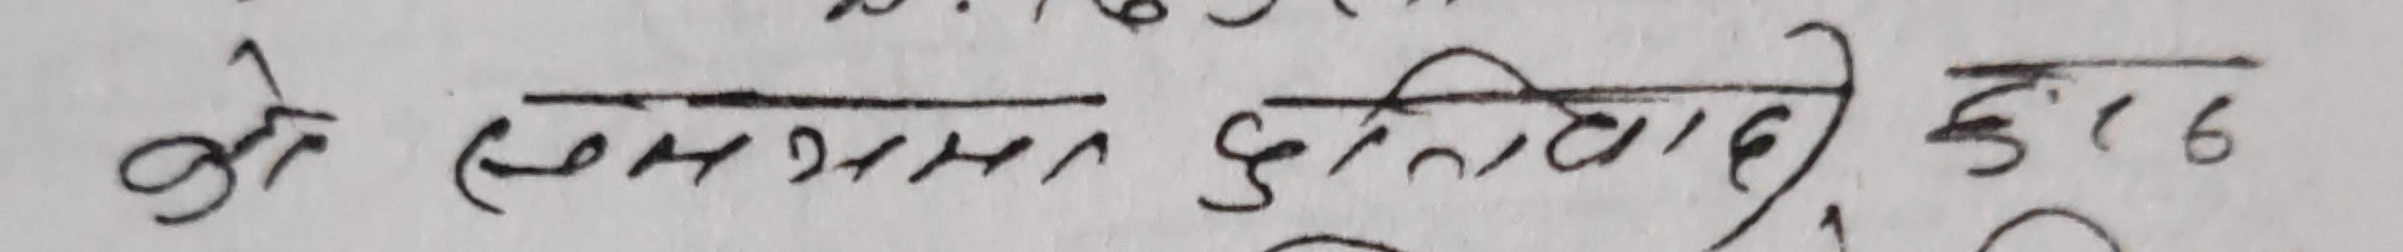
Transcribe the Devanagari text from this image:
के (सम्भवन दुविधादी) कुन